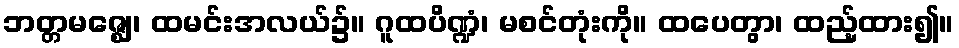
ဘတ္တမဇ္ဈေ၊ ထမင်းအလယ်၌။ ဂူထပိဏ္ဍံ၊ မစင်တုံးကို။ ထပေတွာ၊ ထည့်ထား၍။